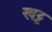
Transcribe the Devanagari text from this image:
खट्ट